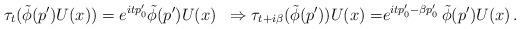
LaTeX: \begin{align*} \tau_t(\tilde{\phi}(p') U(x)) & = e^{i t p_0'} \tilde{\phi}(p') U(x) & \Rightarrow \tau_{t + i \beta}(\tilde{\phi}(p')) U(x) = & e^{i t p_0' - \beta p_0'}\,\tilde{\phi}(p') U(x) \,.\end{align*}